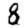
Digit: 8